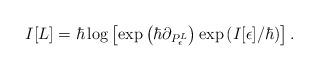
LaTeX: \begin{align*} I[L] = \hbar \log \left[\exp\left(\hbar \partial_{P_\epsilon^L}\right)\exp\left(I[\epsilon] /\hbar\right)\right].\end{align*}